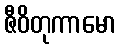
ဇီဝိတုကာမော